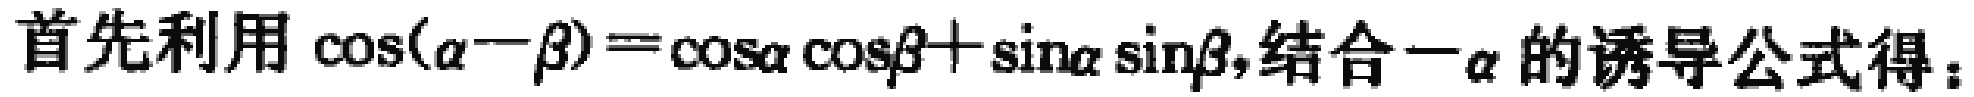
首先利用\(\cos(\alpha - \beta)=\cos\alpha\cos\beta+\sin\alpha\sin\beta\)，结合\(-\alpha\)的诱导公式得：